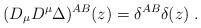
LaTeX: \begin{align*}(D_\mu D^\mu \Delta)^{AB} (z) = \delta^{AB} \delta (z)\; .\end{align*}